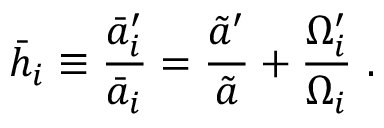
\bar { h } _ { i } \equiv { \frac { \bar { a } _ { i } ^ { \prime } } { \bar { a } _ { i } } } = { \frac { \tilde { a } ^ { \prime } } { \tilde { a } } } + { \frac { \Omega _ { i } ^ { \prime } } { \Omega _ { i } } } \ .